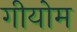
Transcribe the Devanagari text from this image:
गीयोम